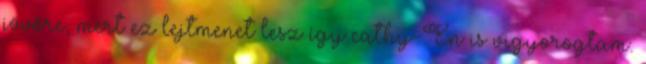
jövőre, mert ez lejtmenet lesz így cathy-Én is vigyorogtam.